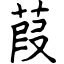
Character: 葭